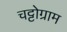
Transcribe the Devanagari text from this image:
चट्टोग्राम